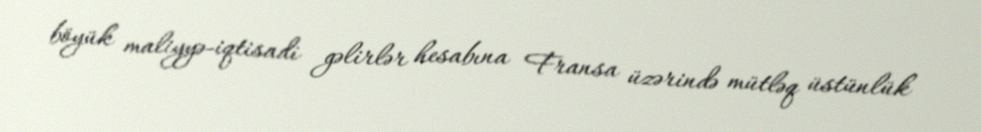
böyük maliyyə-iqtisadi gəlirlər hesabına Fransa üzərində mütləq üstünlük